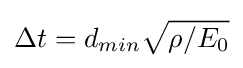
\Delta t=d_{min}{\sqrt {\rho /E_{0}}}